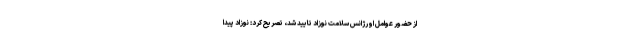
از حضور عوامل اورژانس سلامت نوزاد تایید شد، تصریح کرد: نوزاد پیدا